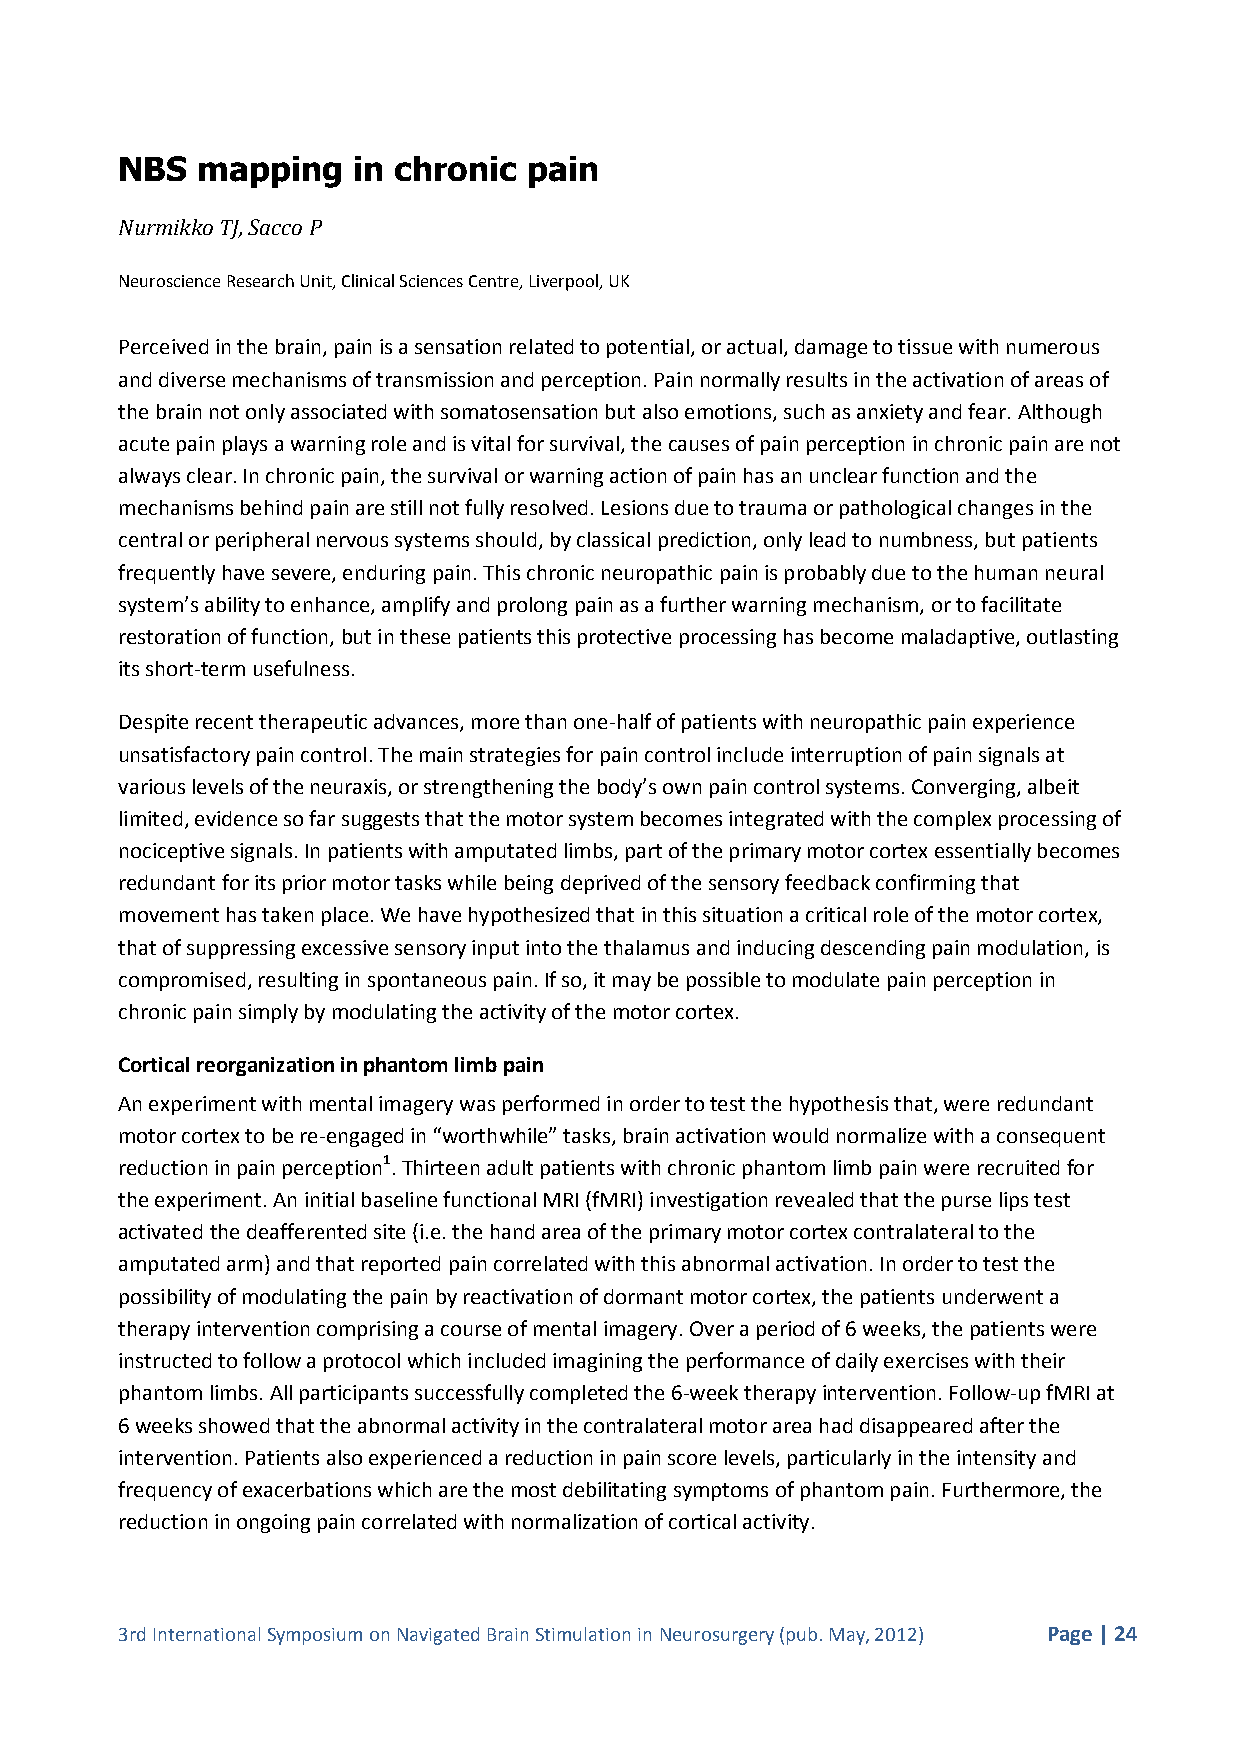
NBS  mapping   in chronic  pain
 Nurmikko TJ, Sacco P
 Neuroscience Research Unit, Clinical Sciences Centre, Liverpool, UK
 Perceived in the brain, pain is a sensation related to potential, or actual, damage to tissue with numerous
 and diverse mechanisms of transmission and perception. Pain normally results in the activation of areas of
 the brain not only associated with somatosensation but also emotions, such as anxiety and fear. Although
 acute pain plays a warning role and is vital for survival, the causes of pain perception in chronic pain are not
 always clear. In chronic pain, the survival or warning action of pain has an unclear function and the
 mechanisms behind pain are still not fully resolved. Lesions due to trauma or pathological changes in the
 central or peripheral nervous systems should, by classical prediction, only lead to numbness, but patients
 frequently have severe, enduring pain. This chronic neuropathic pain is probably due to the human neural
 system’s ability to enhance, amplify and prolong pain as a further warning mechanism, or to facilitate
 restoration of function, but in these patients this protective processing has become maladaptive, outlasting
 its short-term usefulness.
 Despite recent therapeutic advances, more than one-half of patients with neuropathic pain experience
 unsatisfactory pain control. The main strategies for pain control include interruption of pain signals at
 various levels of the neuraxis, or strengthening the body’s own pain control systems. Converging, albeit
 limited, evidence so far suggests that the motor system becomes integrated with the complex processing of
 nociceptive signals. In patients with amputated limbs, part of the primary motor cortex essentially becomes
 redundant for its prior motor tasks while being deprived of the sensory feedback confirming that
 movement has taken place. We have hypothesized that in this situation a critical role of the motor cortex,
 that of suppressing excessive sensory input into the thalamus and inducing descending pain modulation, is
 compromised, resulting in spontaneous pain. If so, it may be possible to modulate pain perception in
 chronic pain simply by modulating the activity of the motor cortex.
 Cortical reorganization in phantom limb pain
 An experiment with mental imagery was performed in order to test the hypothesis that, were redundant
 motor cortex to be re-engaged in “worthwhile” tasks, brain activation would normalize with a consequent
 reduction in pain perception1. Thirteen adult patients with chronic phantom limb pain were recruited for
 the experiment. An initial baseline functional MRI (fMRI) investigation revealed that the purse lips test
 activated the deafferented site (i.e. the hand area of the primary motor cortex contralateral to the
 amputated arm) and that reported pain correlated with this abnormal activation. In order to test the
 possibility of modulating the pain by reactivation of dormant motor cortex, the patients underwent a
 therapy intervention comprising a course of mental imagery. Over a period of 6 weeks, the patients were
 instructed to follow a protocol which included imagining the performance of daily exercises with their
 phantom limbs. All participants successfully completed the 6-week therapy intervention. Follow-up fMRI at
 6 weeks showed that the abnormal activity in the contralateral motor area had disappeared after the
 intervention. Patients also experienced a reduction in pain score levels, particularly in the intensity and
 frequency of exacerbations which are the most debilitating symptoms of phantom pain. Furthermore, the
 reduction in ongoing pain correlated with normalization of cortical activity.
 3rd International Symposium on Navigated Brain Stimulation in Neurosurgery (pub. May, 2012) Page | 24